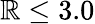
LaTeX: \mathbb{R}\le3.0